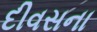
દીવસના